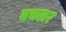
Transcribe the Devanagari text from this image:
बचलर